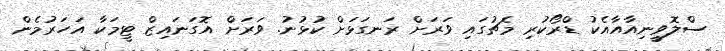
ސްލޮވީނިއާއާއެކު ޑްރޯކުރި މެޗުގައި ވަރަށް ރަނގަޅަށް ކުޅުނު. ވަރަށް އޮގަނައިޒް ޓީމަކާ އަހަރުމެން